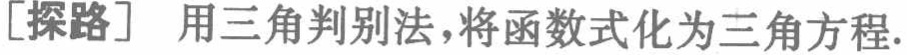
[探路] 用三角判别法，将函数式化为三角方程.